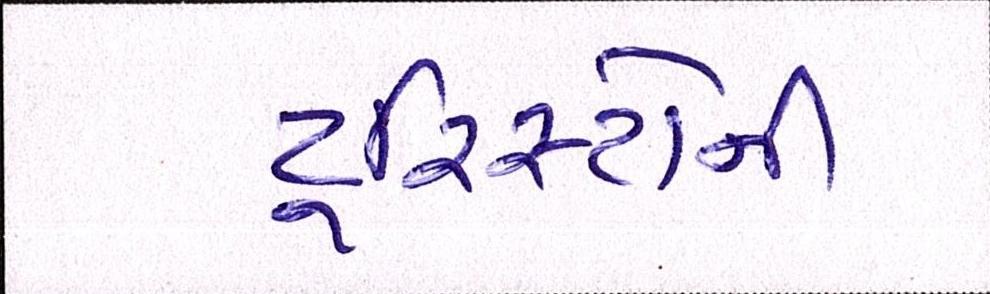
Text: ટૂરિસ્ટોની